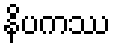
နိပကဿ